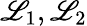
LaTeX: \mathscr{L}_{1},\mathscr{L}_{2}